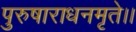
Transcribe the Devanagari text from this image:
पुरुषाराधनमृते।।